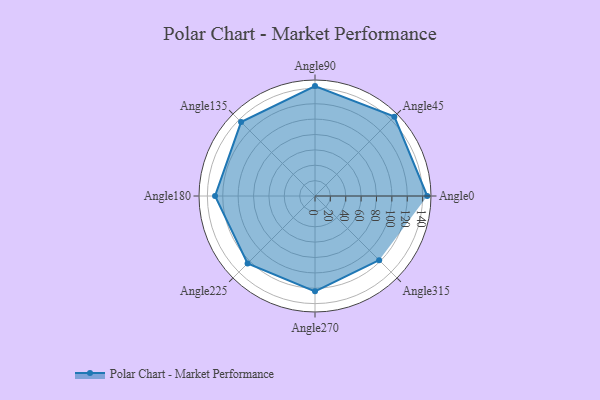
{"axis": {"x": "Angle", "y": "Radius"}, "legend": [""], "data": [{"x": "Angle0", "y": 146.0, "type": ""}, {"x": "Angle45", "y": 146.0, "type": ""}, {"x": "Angle90", "y": 143.0, "type": ""}, {"x": "Angle135", "y": 136.0, "type": ""}, {"x": "Angle180", "y": 130.0, "type": ""}, {"x": "Angle225", "y": 124.0, "type": ""}, {"x": "Angle270", "y": 124.0, "type": ""}, {"x": "Angle315", "y": 118.0, "type": ""}]}